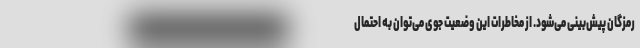
رمزگان پیش‌بینی می‌شود. از مخاطرات این وضعیت جوی می‌توان به احتمال